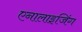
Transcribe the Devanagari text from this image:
एनालाइजिंग